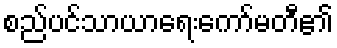
စည်ပင်သာယာရေးကော်မတီ၏